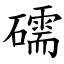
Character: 礝